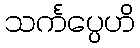
သင်္ကပ္ပေဟိ